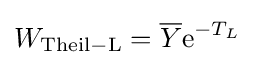
W_{\mathrm {Theil-L} }={\overline {Y}}\mathrm {e} ^{-T_{L}}